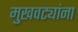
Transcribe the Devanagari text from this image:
मुखवट्यांना